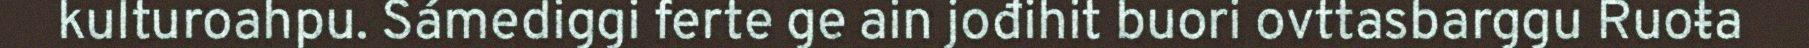
kulturoahpu. Sámediggi ferte ge ain jođihit buori ovttasbarggu Ruoŧa